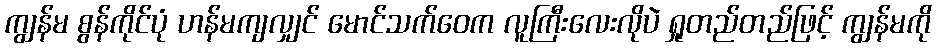
ကျွန်မ စွန်ကိုင်ပုံ ဟန်မကျလျှင် မောင်သက်ဝေက လူကြီးလေးလိုပဲ ရှုတည်တည်ဖြင့် ကျွန်မကို